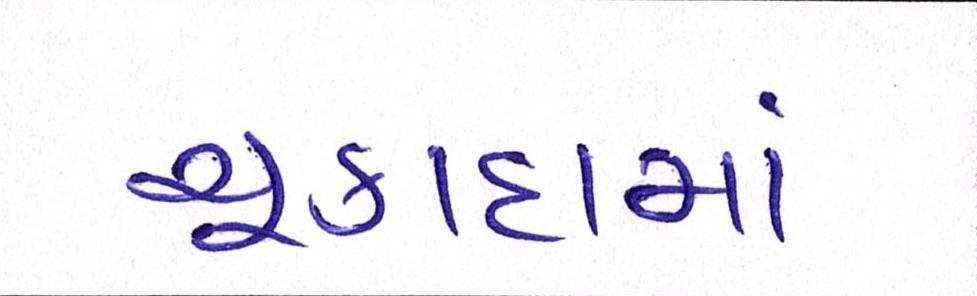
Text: ચૂકાદામાં